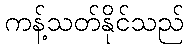
ကန့်သတ်နိုင်သည်